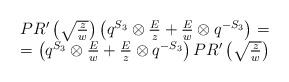
\begin{align*}\begin{array}{c}PR'\left(\sqrt{z\over w}\right)\left(q^{S_3}\otimes {E\over z}+{E\over w}\otimes q^{-S_3}\right)=\\=\left(q^{S_3}\otimes {E\over w}+{E\over z}\otimes q^{-S_3}\right)PR'\left(\sqrt{z\over w}\right)\end{array}\end{align*}